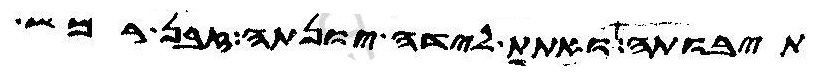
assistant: תיבותה ואתת לידה יונתה זבן רמש